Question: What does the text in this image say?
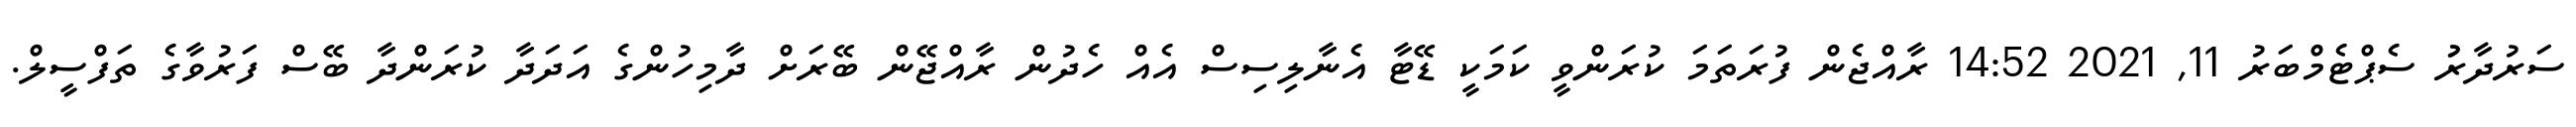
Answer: ސަރުދާރުު ސެޕްޓެމްބަރު 11, 2021 14:52 ރާއްޖެން ފުރަތަމަ ކުރަންވީ ކަމަކީ ޑޭޓާ އެނާލިސިސް އެއް ހެދުން ރާއްޖޭން ބޭރަށް ދާމިހުންގެ އަދަދާ ކުރަންދާ ބޭސް ފަރުވާގެ ތަފްސީލް.